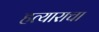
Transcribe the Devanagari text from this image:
हत्याराचा